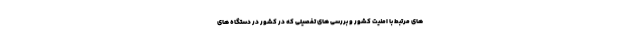
های مرتبط با امنیت کشور و بررسی های تفصیلی که در کشور در دستگاه های